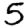
Digit: 5